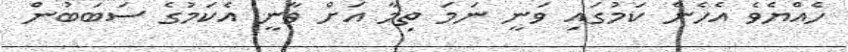
ހެއްޔެވެ އެހެން ކަމުގައި ވަނީ ނަމަ ތިމާ އަށް ވާނީ އެކަމުގެ ސަބަބުން